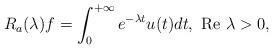
LaTeX: \begin{align*}R_a(\lambda )f=\int_{0}^{+\infty }e^{-\lambda t}u(t)dt,\mbox{ Re }\lambda >0, \end{align*}